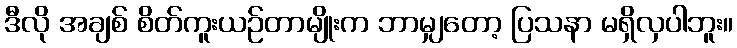
ဒီလို အချစ် စိတ်ကူးယဉ်တာမျိုးက ဘာမျှတော့ ပြသနာ မရှိလှပါဘူး။